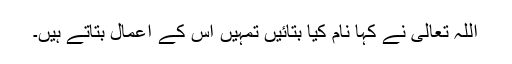
اللہ تعالیٰ نے کہا نام کیا بتائیں تمہیں اس کے اعمال بتاتے ہیں۔